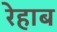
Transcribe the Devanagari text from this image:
रेहाब